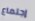
إجتماع